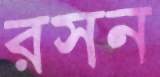
রসন